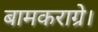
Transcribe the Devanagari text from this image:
बामकराग्रे।